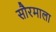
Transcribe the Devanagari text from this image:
सौरमाला